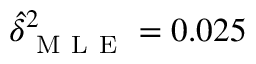
\hat { \delta } _ { \mathrm { ~ M ~ L ~ E ~ } } ^ { 2 } = 0 . 0 2 5